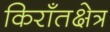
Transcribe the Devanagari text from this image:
किराँतक्षेत्र